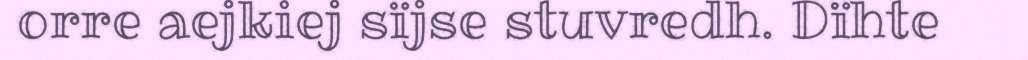
orre aejkiej sïjse stuvredh. Dïhte